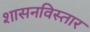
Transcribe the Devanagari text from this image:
शासनविस्तार